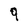
Character: 9